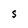
Character: S